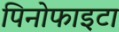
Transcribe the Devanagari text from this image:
पिनोफाइटा